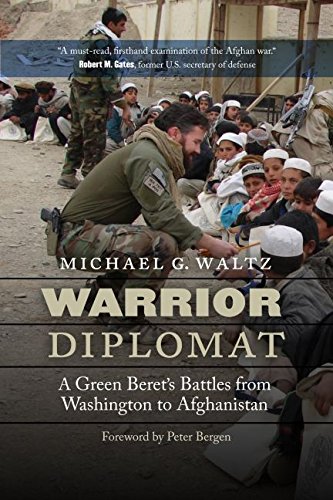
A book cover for Warrior Diplomat: A Green Beret's Battles from Washington to Afghanistan; Michael G. Waltz; History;